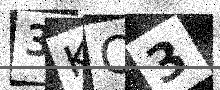
Text: 3KQ3